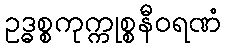
ဥဒ္ဓစ္စကုက္ကုစ္စနီဝရဏံ